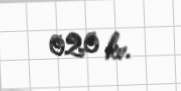
020 kv.